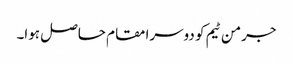
جرمن ٹیم کو دوسرا مقام حاصل ہوا۔